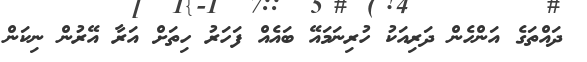
ދައްތަގެ އަންހެން ދަރިއަކު ހުރިނަމައޭ ބައެއް ފަހަރު ހިތަށް އަރާ އޭރުން ނިކަން